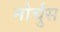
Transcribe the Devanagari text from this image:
नोर्चुस